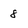
Character: 8